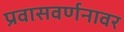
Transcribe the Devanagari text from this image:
प्रवासवर्णनावर